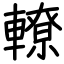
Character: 轑